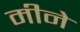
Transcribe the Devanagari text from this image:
मीने